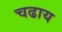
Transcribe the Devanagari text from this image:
चढाय